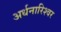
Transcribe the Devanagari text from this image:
अर्धनारिश्वर